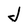
Character: J